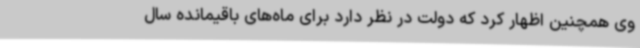
وی همچنین اظهار کرد که دولت در نظر دارد برای ماه‌های باقیمانده سال